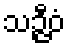
သဉ္ဇီဝံ